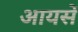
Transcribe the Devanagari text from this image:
आयसें